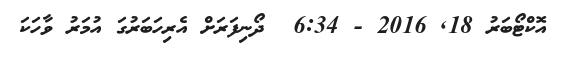
އޮކްޓޯބަރު 18